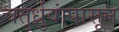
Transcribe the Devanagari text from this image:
चतुर्ध्रुवांपासून